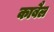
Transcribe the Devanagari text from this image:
काबैल